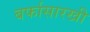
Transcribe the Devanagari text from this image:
बर्फासारखी